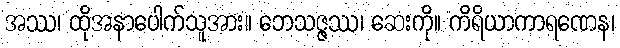
အဿ၊ ထိုအနာပေါက်သူအား။ ဘေသဇ္ဇဿ၊ ဆေးကို။ ကိရိယာကာရဏေန၊